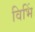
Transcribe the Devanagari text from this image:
विभिं